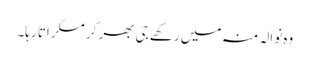
وہ نوالہ منہ میں رکھے جی بھر کر مسکراتا رہا۔